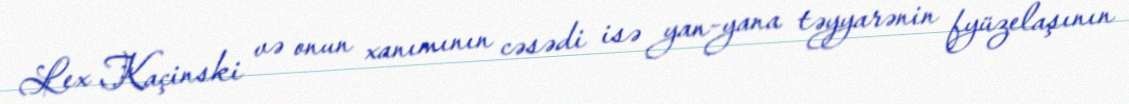
Lex Kaçinski və onun xanımının cəsədi isə yan-yana təyyarənin fyüzelaşının